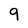
Character: 9